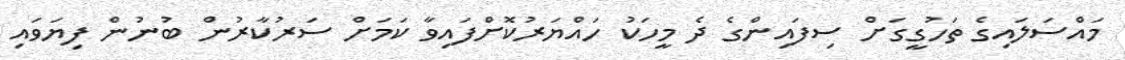
މައްސަލައިގެ ތަހުގީގަށް ސިފައިންގެ ދެ މީހަކު ހައްޔަރުކޮށްފައިވާ ކަމަށް ސަރުކާރުން ބުނުން ފިޔަވައި